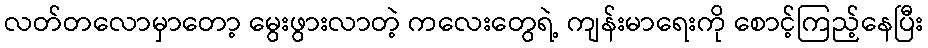
လတ်တလောမှာတော့ မွေးဖွားလာတဲ့ ကလေးတွေရဲ့ ကျန်းမာရေးကို စောင့်ကြည့်နေပြီး